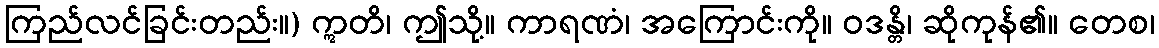
ကြည်လင်ခြင်းတည်း။) ဣတိ၊ ဤသို့။ ကာရဏံ၊ အကြောင်းကို။ ဝဒန္တိ၊ ဆိုကုန်၏။ တေစ၊